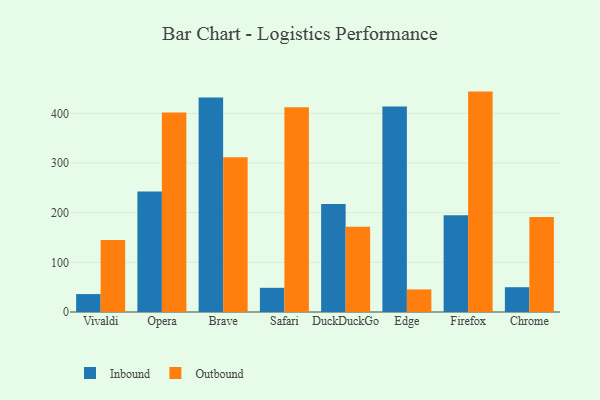
{"axis": {"x": "Browser", "y": "Production Output"}, "legend": ["Inbound", "Outbound"], "data": [{"x": "Vivaldi", "y": 36.1, "type": "Inbound"}, {"x": "Vivaldi", "y": 145.1, "type": "Outbound"}, {"x": "Opera", "y": 242.5, "type": "Inbound"}, {"x": "Opera", "y": 401.8, "type": "Outbound"}, {"x": "Brave", "y": 431.9, "type": "Inbound"}, {"x": "Brave", "y": 311.5, "type": "Outbound"}, {"x": "Safari", "y": 48.7, "type": "Inbound"}, {"x": "Safari", "y": 412.3, "type": "Outbound"}, {"x": "DuckDuckGo", "y": 217.4, "type": "Inbound"}, {"x": "DuckDuckGo", "y": 171.9, "type": "Outbound"}, {"x": "Edge", "y": 414.1, "type": "Inbound"}, {"x": "Edge", "y": 45.5, "type": "Outbound"}, {"x": "Firefox", "y": 194.8, "type": "Inbound"}, {"x": "Firefox", "y": 443.9, "type": "Outbound"}, {"x": "Chrome", "y": 49.9, "type": "Inbound"}, {"x": "Chrome", "y": 191.2, "type": "Outbound"}]}